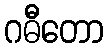
ဂဓီတော